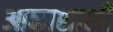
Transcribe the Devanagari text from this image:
आकाशाशी